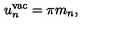
u _ { n } ^ { \mathrm { v a c } } = \pi m _ { n } ,